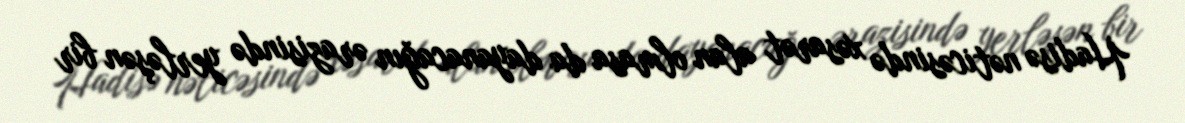
Hadisə nəticəsində xəsarət alan olmasa da dayanacağın ərazisində yerləşən bir